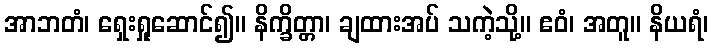
အာဘတံ၊ ရှေးရှုဆောင်၍။ နိက္ခိတ္တာ၊ ချထားအပ် သကဲ့သို့။ ဧဝံ၊ အတူ။ နိယရံ၊